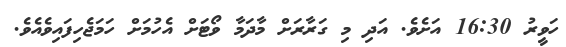
ހަވީރު 16:30 އަށެވެ. އަދި މި ގަރާރަށް މާދަމާ ވޯޓަށް އެހުމަށް ހަމަޖެހިފައިވެއެވެ.